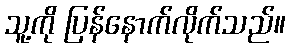
သူ့ကို ပြန်နောက်လိုက်သည်။